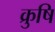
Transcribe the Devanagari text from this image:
क्रुषि